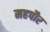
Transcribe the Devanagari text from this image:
महपौर